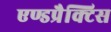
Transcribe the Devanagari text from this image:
एण्डप्रैक्टिस